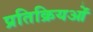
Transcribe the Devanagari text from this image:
प्रतिक्रियओं